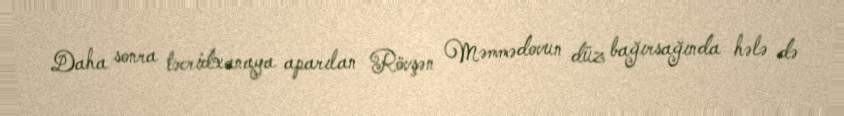
Daha sonra təcridxanaya aparılan Rövşən Məmmədovun düz bağırsağında hələ də